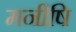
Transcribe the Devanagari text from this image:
मनीषि